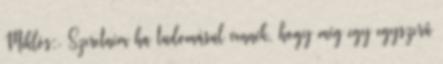
Miklós:. Szeretném ha tudomásul vennék, hogy még egy egyszerű